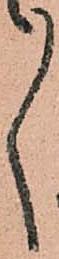
ゝ